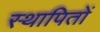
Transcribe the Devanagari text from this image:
स्थापितों